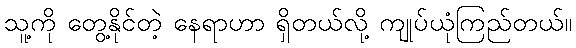
သူ့ကို တွေ့နိုင်တဲ့ နေရာဟာ ရှိတယ်လို့ ကျုပ်ယုံကြည်တယ်။